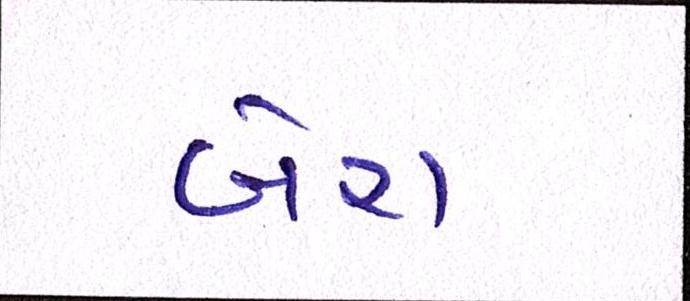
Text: બેરા